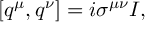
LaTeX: [ q ^ { \mu } , q ^ { \nu } ] = i \sigma ^ { \mu \nu } I ,